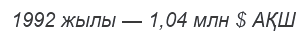
1992 жылы — 1,04 млн $ АҚШ